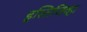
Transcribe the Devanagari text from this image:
हस्तिजिव्हा